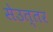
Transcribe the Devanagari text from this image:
सेउत्तर